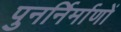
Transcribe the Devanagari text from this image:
पुनर्निर्माणों